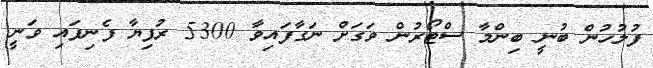
ފުލުހުން ބުނީ ބިންމާ ސްޓޯރުން ވަގަށް ނަގާފައިވާ 5300 ރުފިޔާ ފެނިފައި ވަނީ